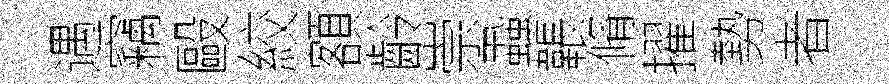
遇竊毆絞額齡崇蝨韔脩擢勢者